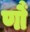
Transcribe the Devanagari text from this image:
णौं